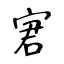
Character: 宭